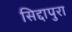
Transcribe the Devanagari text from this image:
सिद्दापुरा